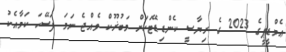
ޢެމްޑީޕީގެ 2023 ގެ ރިޔާސީ ކެންޑިޑޭޓަކަށް މަބުޜޫކް ވެއްޖެ ނަމަ ފަސޭހަ ކަމާއެކު